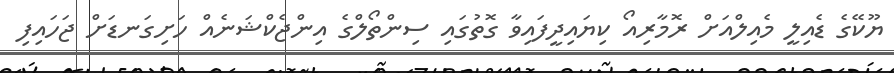
ޔޫކޭގެ ޑެއިލީ މެއިލްއަށް ރޮމާރިއޯ ކިޔައިދީފައިވާ ގޮތުގައި ސިންތޯލްގެ އިންޖެކްޝަނެއް ހަށިގަނޑަށް ޖަހައިފި